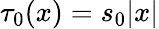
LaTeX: \tau_{0}(x)=s_{0}|x|